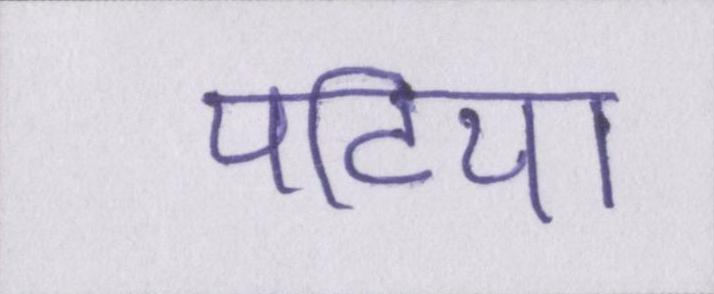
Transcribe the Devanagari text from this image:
पटिया